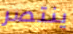
ينتصر